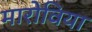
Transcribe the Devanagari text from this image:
मारोविया